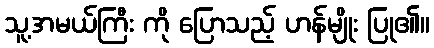
သူ့အမယ်ကြီး ကို ပြောသည့် ဟန်မျိုး ပြု၏။